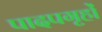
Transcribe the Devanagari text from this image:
पादपगृहों